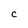
Character: C